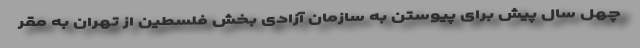
چهل سال پیش برای پیوستن به سازمان آزادی بخش فلسطین از تهران به مقر